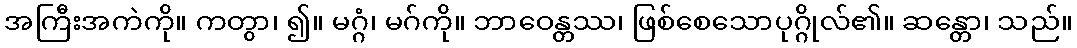
အကြီးအကဲကို။ ကတွာ၊ ၍။ မဂ္ဂံ၊ မဂ်ကို။ ဘာဝေန္တဿ၊ ဖြစ်စေသောပုဂ္ဂိုလ်၏။ ဆန္တော၊ သည်။